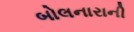
બોલનારાની